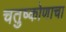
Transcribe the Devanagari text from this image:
चतुष्कोणाचा